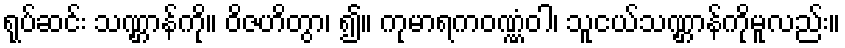
ရုပ်ဆင်း သဏ္ဌာန်ကို။ ဝိဇဟိတွာ၊ ၍။ ကုမာရကဝဏ္ဏံဝါ၊ သူငယ်သဏ္ဌာန်ကိုမူလည်း။